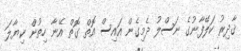
ޤާދިރު ކަލޭފާނުގެ ނަސްލު ދެމިގެން އައިސް އޮތް ގޮތް އޭނާ ހިތުން ކިޔާލަ